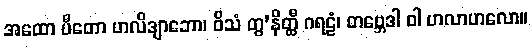
အထော ပီတော ဟလိဒျာဘော၊ ဝိသံ တွ’နိတ္ထီ ဂရဠံ၊ တဗ္ဘေဒါ ဝါ ဟလာဟလော။